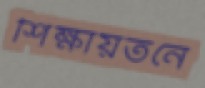
শিক্ষায়তনে